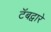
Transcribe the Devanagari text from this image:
टॅबद्वारे